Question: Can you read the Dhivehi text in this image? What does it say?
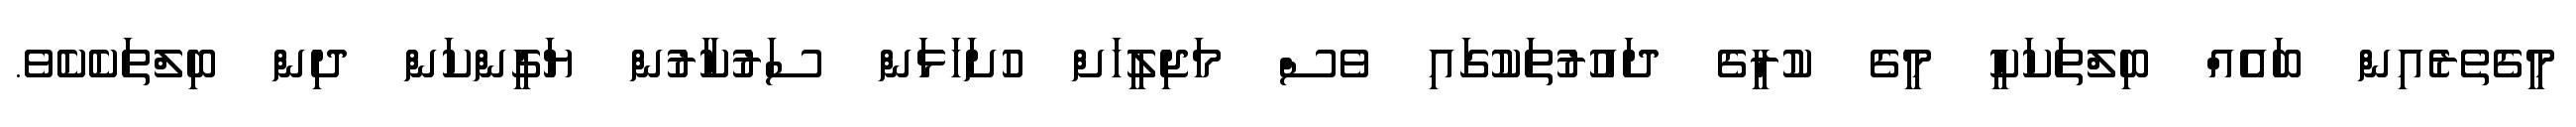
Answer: މީގެތެރެއިން ބައެއް ބިލްތަކަކީ މީގެ ކުރީގެ ދައުރުތަކުގައި ވެސް މަޖިލީހަށް ހުށަހަޅަން ސަރުކާރުން ޔަގީންކަން ދިން ބިލްތަކެކެވެ.